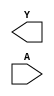
module sky130_fd_sc_ms__clkdlyinv3sd3 (
    Y,
    A
);

    output Y;
    input  A;

    // Voltage supply signals
    supply1 VPWR;
    supply0 VGND;
    supply1 VPB ;
    supply0 VNB ;

endmodule